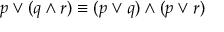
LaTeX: p \vee ( q \wedge r ) \equiv ( p \vee q ) \wedge ( p \vee r )